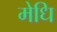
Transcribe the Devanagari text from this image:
मेधि